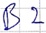
Text: B2